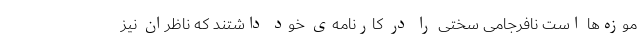
موزه‌ها است نافرجامی سختی را در کارنامه‌ی خود داشتند که ناظران نیز